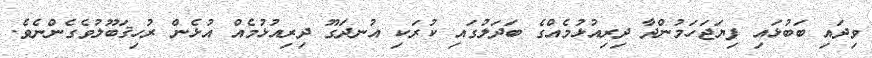
ވިދައި ބަބުޅައި ފިޔަޖަހަމުންދާ ދިރިއުޅުމެއްގެ ބަދަލުގައި ކުރަކި އުނދަގޫ ދިރިއުޅުމެއް އުޅެން ރުހިޤަބޫލުވެގެންނެވެ.